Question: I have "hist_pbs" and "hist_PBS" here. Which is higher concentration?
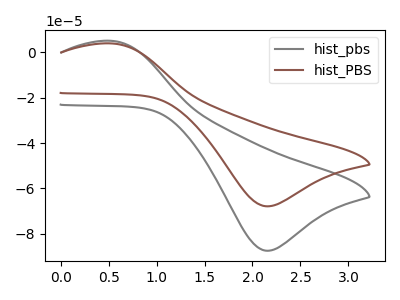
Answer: <think>The gray curve "hist_pbs" has an anodic peak at (0.55V, 5.05uA) and a cathodic peak at (2.15V, -87.50uA). The brown curve "hist_PBS" has an anodic peak at (0.55V, 3.95uA) and a cathodic peak at (2.15V, -67.90uA).
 All the peaks in "hist_pbs" have a peak in "hist_PBS" at the same potential. Every peak in "hist_pbs" is higher than every peak in "hist_PBS".</think>
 <answer>"hist_pbs" has more signal than "hist_PBS" and so likely has a higher concentration.</answer>
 <eval>more_concentration</eval>